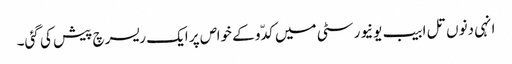
انہی دنوں تل ابیب یونیورسٹی میں کدّو کے خواص پر ایک ریسرچ پیش کی گئی۔